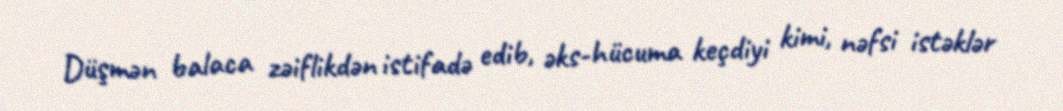
Düşmən balaca zəiflikdən istifadə edib, əks-hücuma keçdiyi kimi, nəfsi istəklər